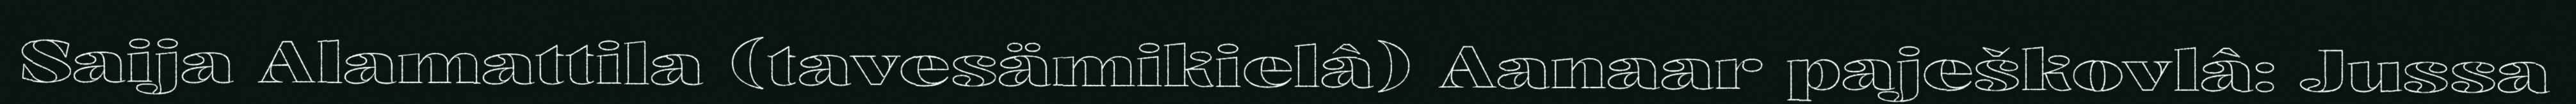
Saija Alamattila (tavesämikielâ) Aanaar paješkovlâ: Jussa